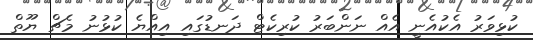
ކުޅިވަރު އެކުއެނީ އެއް ނަންބަރު ކުރިކެޓް ދަނޑުގައި އިއްޔެ ކުޅުނު މެޗް ޔޫތް